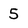
Character: 5